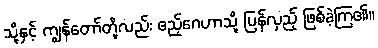
သို့နှင့် ကျွန်တော်တို့လည်း ဧည့်ဂေဟာသို့ ပြန်လှည့် ဖြစ်ခဲ့ကြ၏။